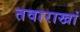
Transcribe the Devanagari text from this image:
तवाराखां